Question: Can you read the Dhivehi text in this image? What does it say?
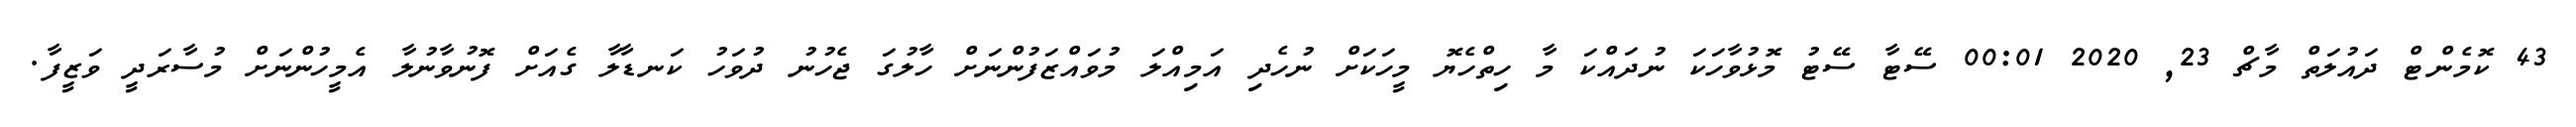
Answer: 43 ކޮމެންޓް ދައުލަތް މާޗް 23, 2020 00:01 ސޭޓާ ސޭޓު މޮޅުވާހަކަ ނުދައްކަ މާ ހިތްހެޔޮ މީހަކަށް ނުހެދި އަމިއްލަ މުވައްޒަފުންނަށް ހާލުގަ ޖެހުނު ދުވަހު ކަނޑާލާ ގެއަށް ފޮނުވާނުލާ އެމީހުންނަށް މުސާރަދީ ވަޒީފާ.